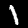
Digit: 1